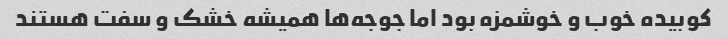
کوبیده خوب و خوشمزه بود اما جوجه‌ها همیشه خشک و سفت هستند